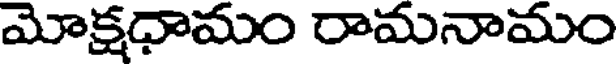
మోక్షధామం రామనామం